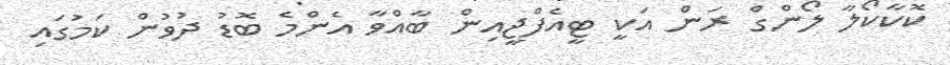
ކޮކާކޯލާ ލޯންގް ރަން އަކީ ޓީއެފްޖީއިން ބާއްވާ އެންމެ ބޮޑު ދުވުން ކަމުގައި